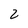
Character: 2